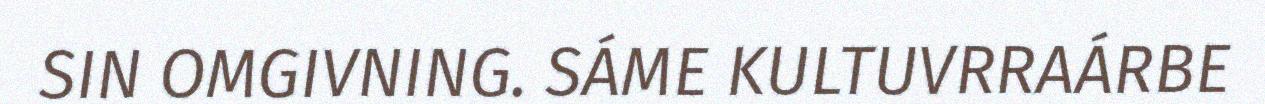
SIN OMGIVNING. SÁME KULTUVRRAÁRBE